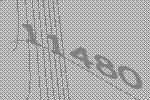
11480